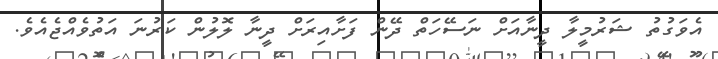
އެވަގުތު ޝަރުމީލާ ދީނާއަށް ނަސޭހަތް ދޭން ފަށާއިރަށް ދީނާ ލޮލުން ކަރުނަ އަތުވެއްޖެއެވެ.